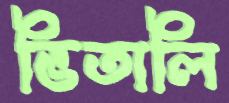
ভিতালি